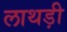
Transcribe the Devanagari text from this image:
लाथड़ी